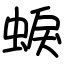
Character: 蜧